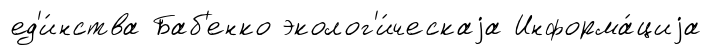
ед'и́нства Баб'енко эколог'и́ческаjа Информа́циjа